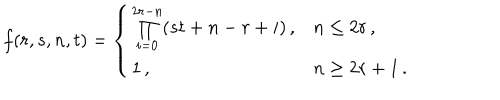
f ( r , s , n , t ) = \left\{ \begin{array} { l l } { { \prod _ { i = 0 } ^ { 2 r - n } ( s t + n - r + i ) \, , } } & { { n \leq 2 r \, , } } \\ { { 1 \, , } } & { { n \geq 2 r + 1 \, . } } \\ \end{array} \right.